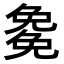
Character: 𭀰